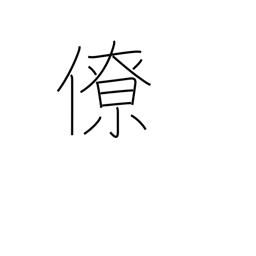
Meaning: colleague